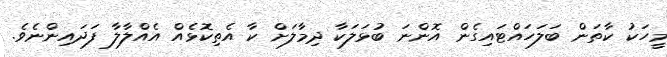
މީހަކު ކާތަން ބަލަހައްޓައިގެން އޮންނަ ބުޅަލަކާ ދިމާލަށް ކާ އެތިކޮޅެއް އެއްލާލާ ފަދައިންނެވެ.